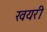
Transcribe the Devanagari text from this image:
खयरी